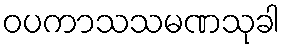
ဝပကာသသမဏသုခါ